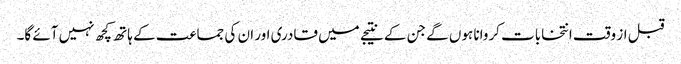
قبل از وقت انتخابات کروانا ہوں گے جن کے نتیجے میں قادری اور ان کی جماعت کے ہاتھ کچھ نہیں آئے گا۔